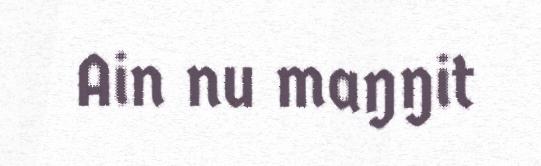
Ain nu maŋŋit